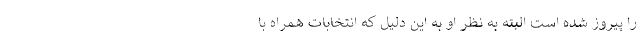
را پیروز شده است البته به نظر او به این دلیل که انتخابات همراه با